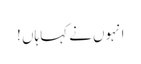
انہوں نے کہا ہاں !